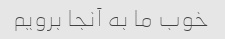
خوب ما به آنجا برویم